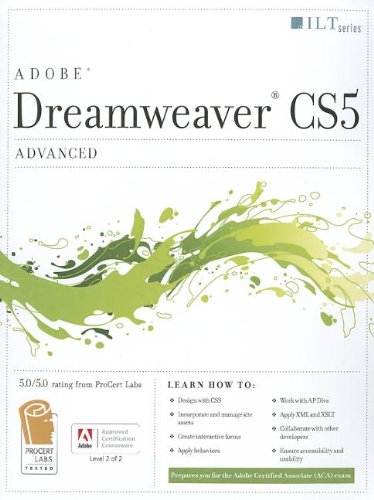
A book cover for Dreamweaver Cs5: Advanced, Aca Edition + Certblaster + Data (ILT); Computers & Technology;